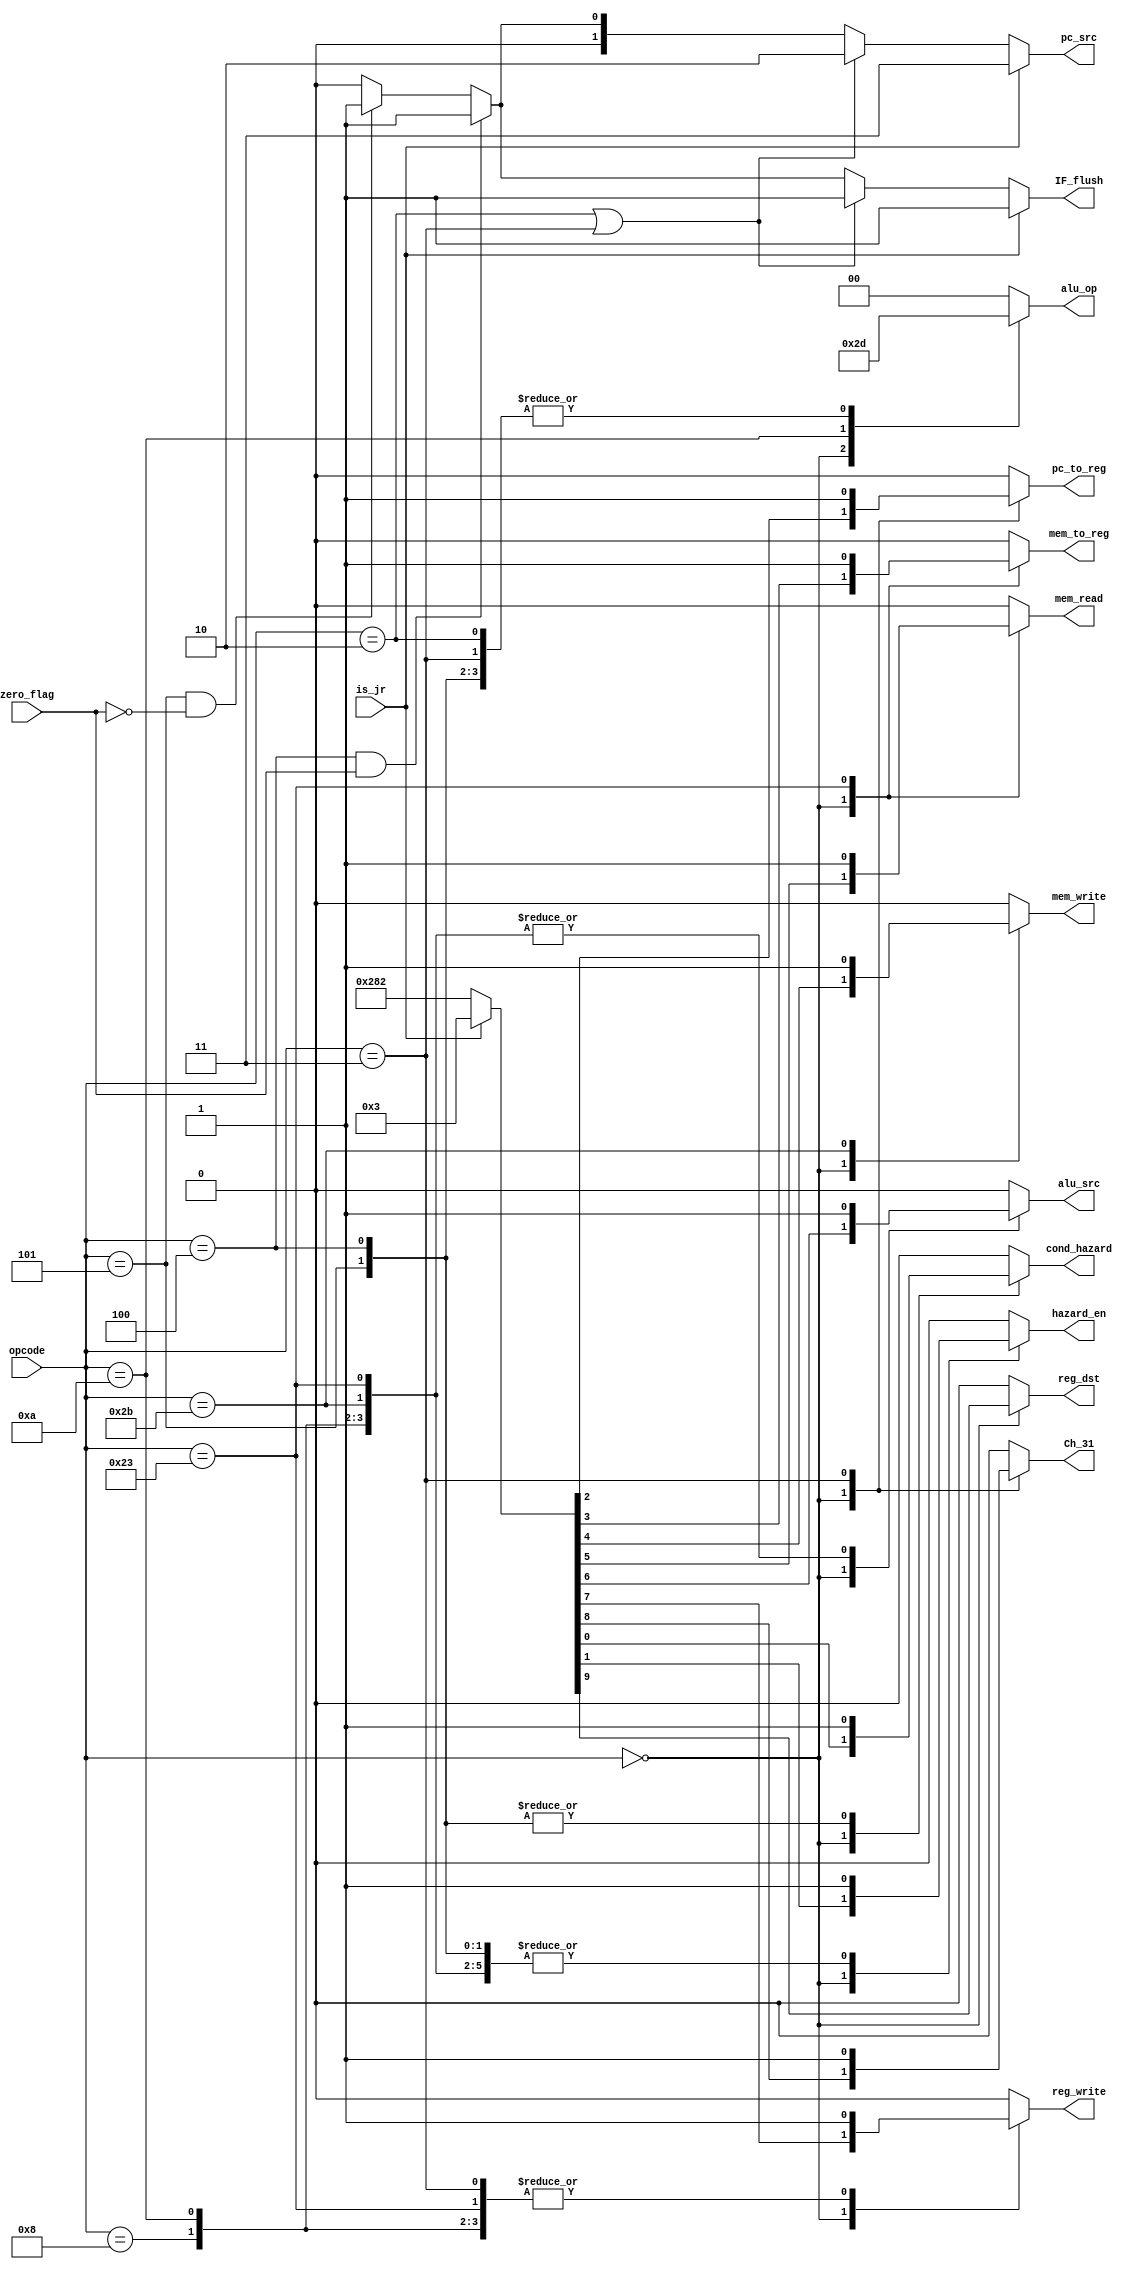
module central_control(opcode, is_jr, alu_op, pc_src, reg_dst, Ch_31, reg_write, alu_src, mem_read, mem_write, mem_to_reg, pc_to_reg, zero_flag, hazard_en, cond_hazard, IF_flush);
    input [5:0]opcode;
    input is_jr;
    output reg [1:0] alu_op;
    output reg [1:0] pc_src;
    output  reg reg_dst, Ch_31, reg_write, alu_src, mem_read, mem_write, mem_to_reg, pc_to_reg, hazard_en, cond_hazard, IF_flush;
    input zero_flag;

    always@(opcode) begin //OUTPUTS TO ALU CONTROL
        alu_op = 2'b00;
        case(opcode)
            6'b000000: alu_op = 2'b10; //for RT -- add, sub, slt, jr --
            6'b100011: alu_op = 2'b00; //for lw
            6'b101011: alu_op = 2'b00; //for sw
            6'b001000: alu_op = 2'b00; //for addi
            6'b001010: alu_op = 2'b11; //for slti
            6'b000010: alu_op = 2'b01; //for j
            6'b000011: alu_op = 2'b01; //for jal
            6'b000100: alu_op = 2'b01; //for beq
            6'b000101: alu_op = 2'b01; //for bne
        endcase
    end

    always@(opcode, is_jr) begin //PRIMARY OUTPUTS
        {reg_dst, Ch_31, reg_write, alu_src, mem_read, mem_write, mem_to_reg, pc_to_reg, hazard_en, cond_hazard} = 10'b0000000000;
        case(opcode)
            6'b000000: begin
                if(is_jr == 1'b1) begin
                    {reg_dst, Ch_31, reg_write, alu_src, mem_read, mem_write, mem_to_reg, pc_to_reg, hazard_en, cond_hazard} = 10'b0000000011; //for jr
                end
                else
                    {reg_dst, Ch_31, reg_write, alu_src, mem_read, mem_write, mem_to_reg, pc_to_reg, hazard_en, cond_hazard} = 10'b1010000010; //for RT except jr
            end

            6'b100011: {reg_dst, Ch_31, reg_write, alu_src, mem_read, mem_write, mem_to_reg, pc_to_reg, hazard_en, cond_hazard} = 10'b0011101010; //for lw
            6'b101011: {reg_dst, Ch_31, reg_write, alu_src, mem_read, mem_write, mem_to_reg, pc_to_reg, hazard_en, cond_hazard} = 10'b0001010010; //for sw
            6'b001000: {reg_dst, Ch_31, reg_write, alu_src, mem_read, mem_write, mem_to_reg, pc_to_reg, hazard_en, cond_hazard} = 10'b0011000010; //for addi
            6'b001010: {reg_dst, Ch_31, reg_write, alu_src, mem_read, mem_write, mem_to_reg, pc_to_reg, hazard_en, cond_hazard} = 10'b0011000010; //for slti
            6'b000010: {reg_dst, Ch_31, reg_write, alu_src, mem_read, mem_write, mem_to_reg, pc_to_reg, hazard_en, cond_hazard} = 10'b0000000000; //for j
            6'b000011: {reg_dst, Ch_31, reg_write, alu_src, mem_read, mem_write, mem_to_reg, pc_to_reg, hazard_en, cond_hazard} = 10'b0110000100; //for jal
            6'b000100: {reg_dst, Ch_31, reg_write, alu_src, mem_read, mem_write, mem_to_reg, pc_to_reg, hazard_en, cond_hazard} = 10'b0000000011; //for beq
            6'b000101: {reg_dst, Ch_31, reg_write, alu_src, mem_read, mem_write, mem_to_reg, pc_to_reg, hazard_en, cond_hazard} = 10'b0000000011; //for bne
        endcase
    end

    always@(opcode, is_jr, zero_flag) begin //OUTPUT TO COMPLEX MULTIPLEXRT
        if(is_jr == 1'b1) begin pc_src = 2'b11; IF_flush = 1'b1; end       //jr
        else if(opcode == 6'b000010 || opcode == 6'b000011) begin pc_src = 2'b10; IF_flush = 1'b1; end// j or jal
        else if(opcode == 6'b000100 && zero_flag == 1'b1) begin pc_src = 2'b01; IF_flush = 1'b1; end//beq and zero
        else if(opcode == 6'b000101 && zero_flag == 1'b0) begin pc_src = 2'b01; IF_flush = 1'b1; end//bne and not zero
        else begin pc_src = 2'b00; IF_flush = 1'b0; end                                     //otherwise
    end
endmodule